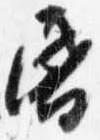
昏